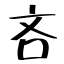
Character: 吝